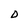
Character: D